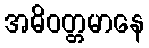
အဓိဝတ္တမာနေ